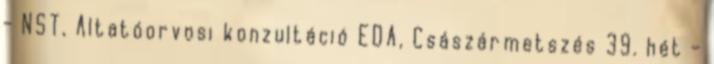
- NST, Altatóorvosi konzultáció EDA, Császármetszés 39. hét -